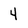
Character: 4